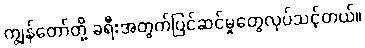
ကျွန်တော်တို့ ခရီးအတွက်ပြင်ဆင်မှုတွေလုပ်သင့်တယ်။